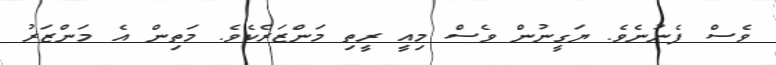
ވެސް ފެނުނެވެ. ޔަގީނުން ވެސް މިއީ ރީތި މަންޒަރެކެވެ. މަތިން އެ މަންޒަރު